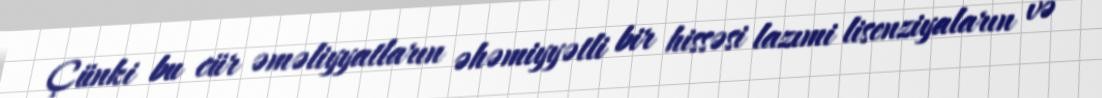
Çünki bu cür əməliyyatların əhəmiyyətli bir hissəsi lazımi lisenziyaların və